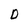
Character: D